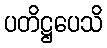
ပတိဋ္ဌပေသိ